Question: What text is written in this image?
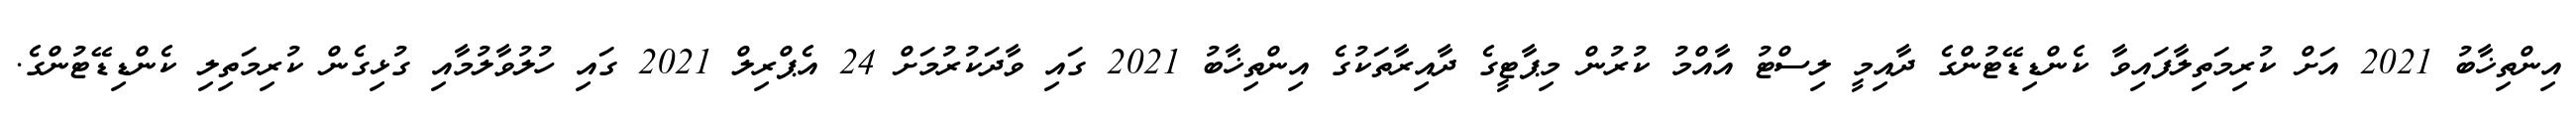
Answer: އިންތިޚާބު 2021 އަށް ކުރިމަތިލާފައިވާ ކެންޑިޑޭޓުންގެ ދާއިމީ ލިސްޓު އާއްމު ކުރުން މިޕާޓީގެ ދާއިރާތަކުގެ އިންތިޚާބު 2021 ގައި ވާދަކުރުމަށް 24 އެޕްރިލް 2021 ގައި ހުލުވާލުމާއި ގުޅިގެން ކުރިމަތިލި ކެންޑިޑޭޓުންގެ.